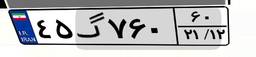
۸۶گ۷۲۰۸۶